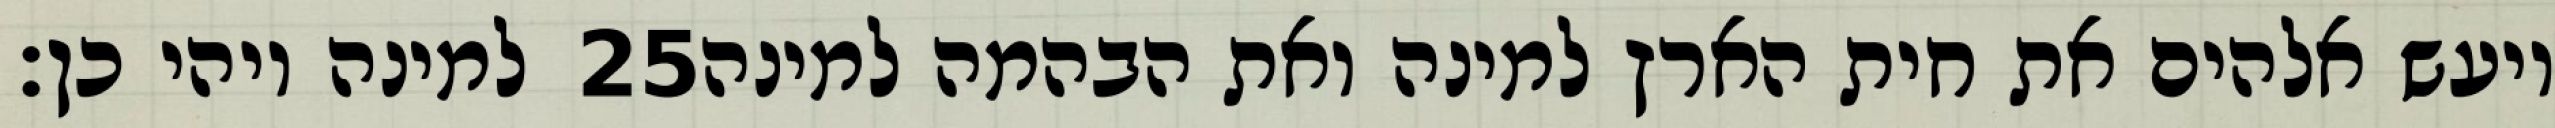
למינה ויהי כן׃ ‎25‏ ויעש אלהים את חית הארץ למינה ואת הבהמה למינה